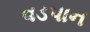
વડપાન